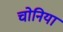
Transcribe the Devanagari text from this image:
चोनिया